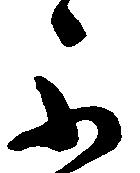
不